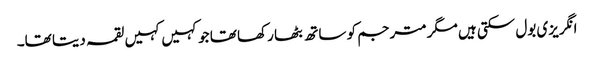
انگریزی بول سکتی ہیں مگر مترجم کو ساتھ بٹھا رکھا تھا جو کہیں کہیں لقمہ دیتا تھا۔